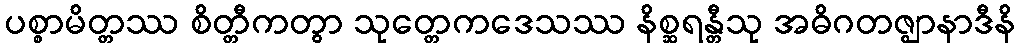
ပစ္စာမိတ္တဿ စိတ္တီကတွာ သုတ္တေကဒေသဿ နိစ္ဆရန္တီသု အဓိဂတဇ္ဈာနာဒီနိ